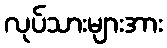
လုပ်သားများအား